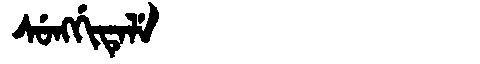
Manchu: ᠰᡠᠩᡤᡳᡨᡝᠯᡝ
Romanization: SUNGGITELE